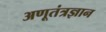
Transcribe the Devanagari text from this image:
अणूतंत्रज्ञान